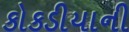
કોકડીયાની